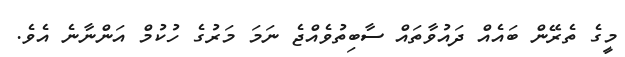
މީގެ ތެރޭން ބައެއް ދައުވާތައް ސާބިތުވެއްޖެ ނަމަ މަރުގެ ހުކުމް އަންނާނެ އެވެ.